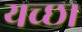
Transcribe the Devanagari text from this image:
यच्छा